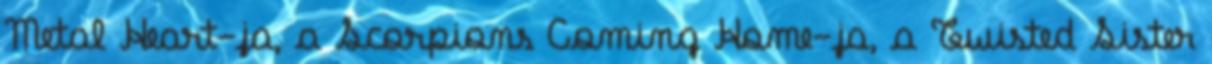
Metal Heart-ja, a Scorpions Coming Home-ja, a Twisted Sister